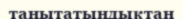
танытатындықтан